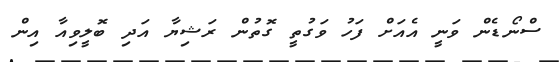
ސްނޯޑެން ވަނީ އެއަށް ފަހު ވަގުތީ ގޮތުން ރަޝިޔާ އަދި ބޮލީވިއާ އިން